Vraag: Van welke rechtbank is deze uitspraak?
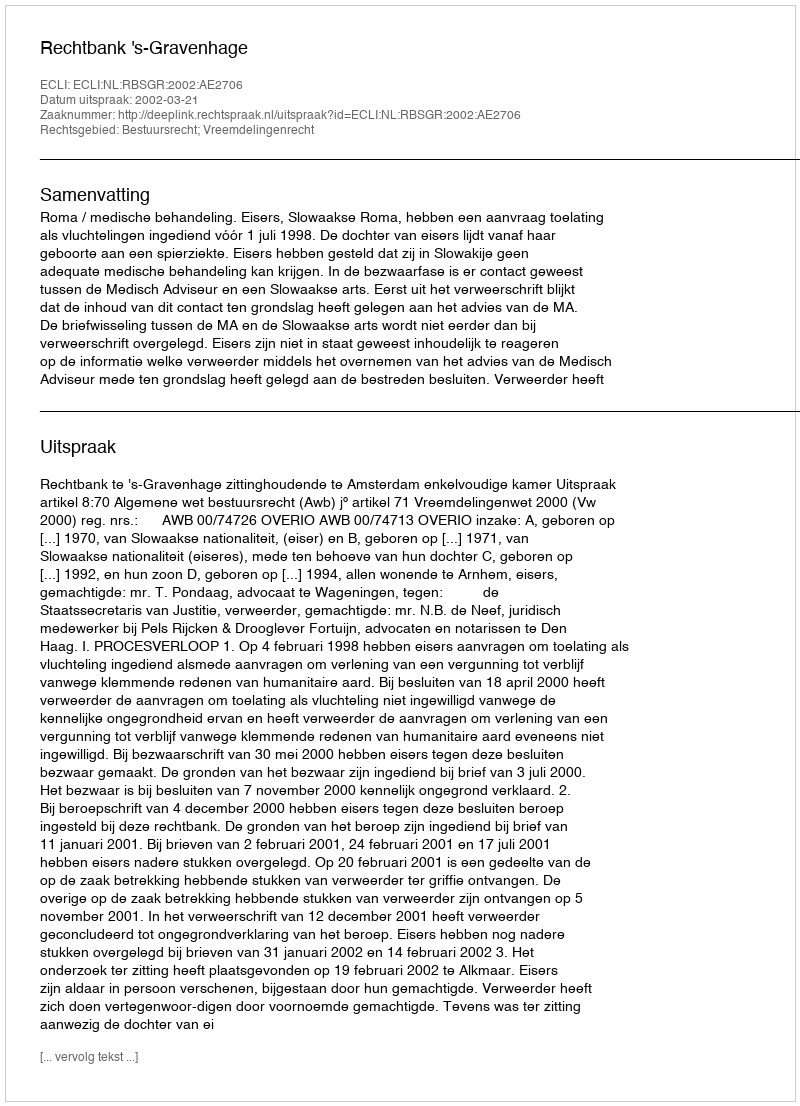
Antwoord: Rechtbank 's-Gravenhage